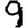
Digit: 9